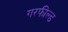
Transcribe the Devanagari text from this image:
गरफील्ड